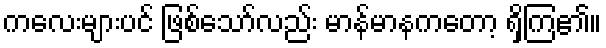
ကလေးများပင် ဖြစ်သော်လည်း မာန်မာနကတော့ ရှိကြ၏။